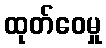
ထုတ်ဝေမှု